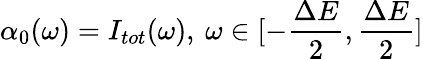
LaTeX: \alpha_{0}(\omega)=I_{tot}(\omega),\: \omega\in[-\frac{\Delta E}{2},\frac{\Delta E}{2}]